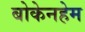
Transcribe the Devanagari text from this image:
बोकेनहेम